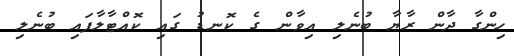
ހިންގާ ދާން ރާޔާ ބުނެލި އިވާން ގެ ކޮނޑު ގައި ކޮއްޓާލާފައި ބުނެލި